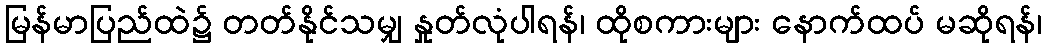
မြန်မာပြည်ထဲ၌ တတ်နိုင်သမျှ နှုတ်လုံပါရန်၊ ထိုစကားများ နောက်ထပ် မဆိုရန်၊